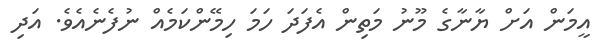
އީމަން އަށް ޔާނާގެ މޫނު މަތިން އެފަދަ ހަމަ ހިމޭންކަމެއް ނުފެނެއެވެ. އަދި